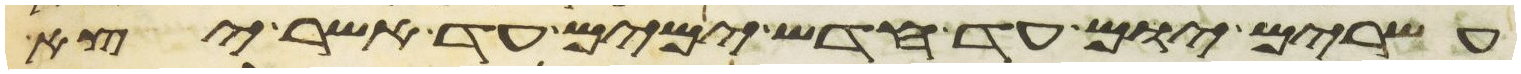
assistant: עשרים יום עד חדש ימים עד אשר יצא